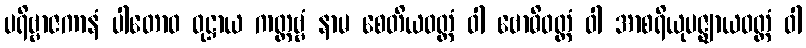
ပရိဗ္ဗာဇကာနံ ပါတောဝ ဝုဋ္ဌာယ ကတ္တဗ္ဗံ နာမ စေတိယဝတ္တံ ဝါ ဗောဓိဝတ္တံ ဝါ အာစရိယုပဇ္ဈာယဝတ္တံ ဝါ